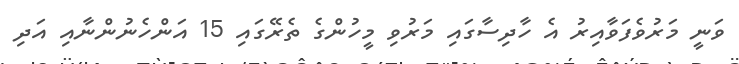
ވަނީ މަރުވެފަވާއިރު އެ ހާދިސާގައި މަރުވި މީހުންގެ ތެރޭގައި 15 އަންހެނުންނާއި އަދި